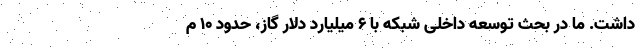
داشت. ما در بحث توسعه داخلی شبکه با ۶ میلیارد دلار گاز، حدود ۱۰ م